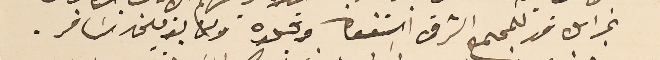
غبراىل قد للمجمع الشرقى استعفاه وقبلاه ومن يومين سَافر.